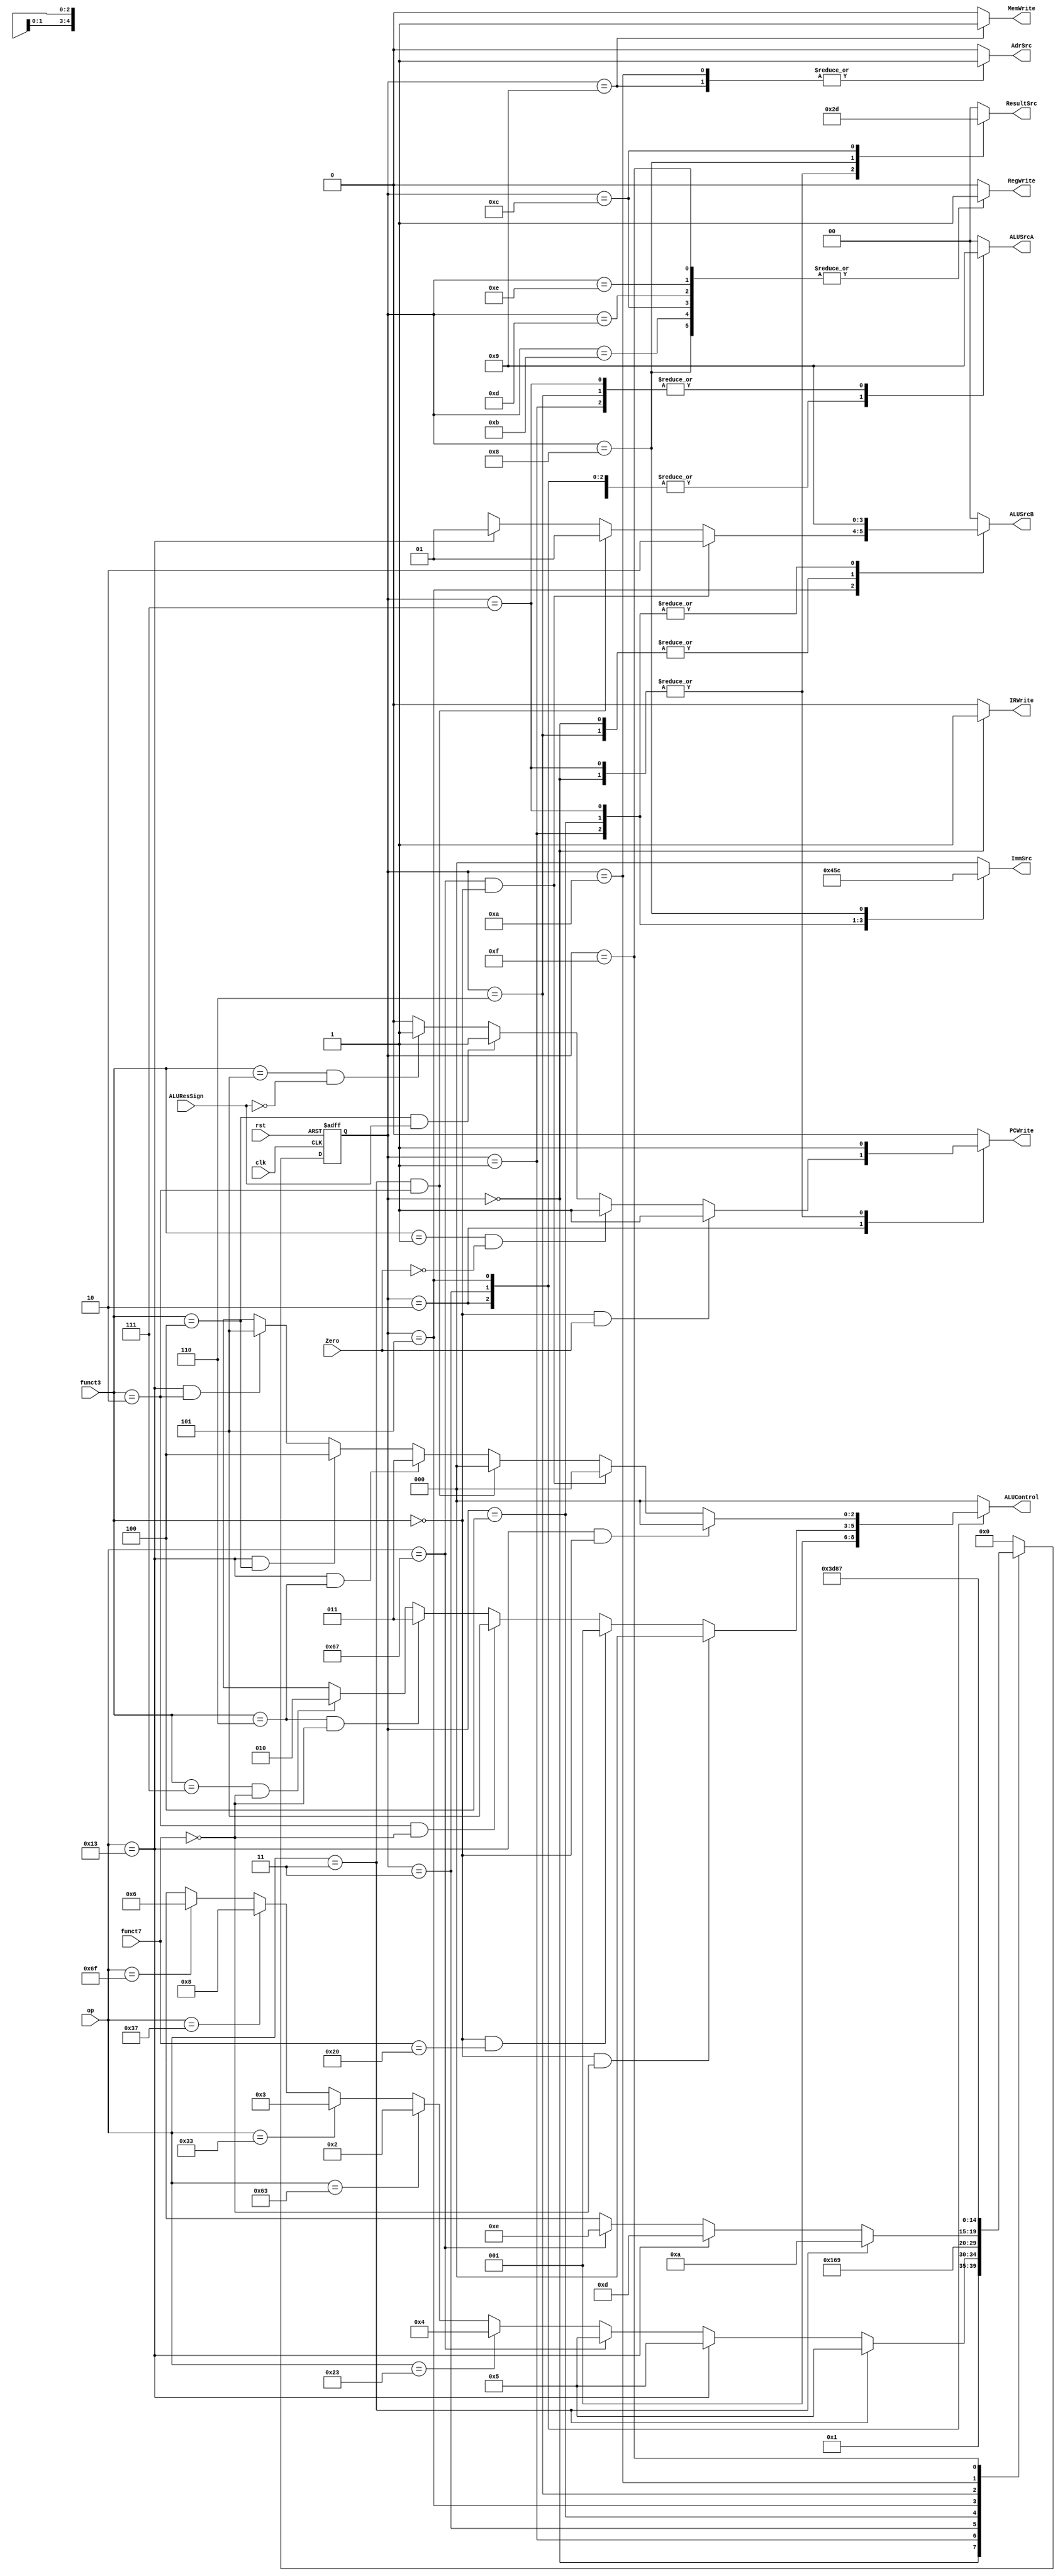
`define SW 7'b0100011

`define JAL 7'b1101111

`define LUI 7'b0110111

`define LW 7'b0000011
`define ADDI 7'b0010011
`define SLTI 7'b0010011
`define XORI 7'b0010011
`define ORI 7'b0010011
`define JALR 7'b1100111

`define BRANCH 7'b1100011
`define BEQ 7'b1100011
`define BNW 7'b1100011
`define BLT 7'b1100011
`define BGE 7'b1100011

`define ADD 7'b0110011
`define SUB 7'b0110011
`define SLT 7'b0110011
`define OR 7'b0110011
`define AND 7'b0110011


module controller(clk, rst, Zero, ALUResSign, op, funct7, funct3,
                  PCWrite, AdrSrc, MemWrite, IRWrite, ImmSrc, 
                  RegWrite, ALUControl, ALUSrcA, ALUSrcB, ResultSrc);
        input clk, rst, Zero, ALUResSign;
        input [6:0] op, funct7;
        input [2:0] funct3;
        output reg PCWrite, AdrSrc, MemWrite, IRWrite, RegWrite;
        output reg [2:0] ALUControl, ImmSrc;
        output reg [1:0] ALUSrcA, ALUSrcB, ResultSrc;

        parameter [4:0] IF=5'd0, ID=5'd1;
        parameter [4:0] EX_B=5'd2, EX_R=5'd3, EX_S=5'd4, EX_I=5'd5, EX_J=5'd6, EX_J2=5'd7, EX_U=5'd8;
        parameter [4:0] MEM_S=5'd9, MEM_I=5'd10;
        parameter [4:0] REG_R=5'd11, REG_I_LW=5'd12, REG_I_LOGIC=5'd13, REG_I_JALR=5'd14, REG_J=5'd15;

        reg [4:0] ns, ps;

        always @(ps, op) begin
                ns = IF;
                case (ps)
                        IF : ns = ID;
                        
                        ID : ns = (op == `LW) ? EX_I :
                                (op == `ADDI) ? EX_I :
                                (op == `JALR) ? EX_I :
                                (op == `SW) ? EX_S :
                                (op == `BRANCH) ? EX_B :
                                (op == `ADD) ? EX_R :
                                (op == `LUI) ? EX_U :
                                (op == `JAL) ? EX_J :
                                7'bx;
                        
                        EX_B : ns = IF;
                        EX_R : ns = REG_R;
                        EX_S : ns = MEM_S;
                        EX_I : ns = (op == `LW) ? MEM_I :
                                (op == `ADDI) ? REG_I_LOGIC :
                                (op == `JALR) ? REG_I_JALR : 5'bx;
                        EX_J : ns = REG_J;
                        EX_J2 : ns = IF;
                        EX_U : ns = IF;

                        MEM_S : ns = IF;
                        MEM_I : ns = REG_I_LW;

                        REG_R : ns = IF;
                        REG_I_LW : ns = IF;
                        REG_I_LOGIC : ns = IF;
                        REG_I_JALR : ns = IF;
                        REG_J : ns = EX_J2;

                        default: ns = IF; 
                endcase
        end

        always @(ps, op, funct3, funct7, Zero, ALUResSign) begin
                {AdrSrc, PCWrite, MemWrite, IRWrite, ALUSrcA, ALUSrcB, ALUControl, ResultSrc, RegWrite, ImmSrc} = 16'b0;
                case(ps) 
                        IF : begin
                                AdrSrc = 1'b0;
                                IRWrite = 1'b1;
                                ALUSrcA = 2'b00;
                                ALUSrcB = 2'b10;
                                ALUControl = 3'b000;
                                ResultSrc = 2'b10;
                                PCWrite = 1'b1;
                        end
                        
                        ID : begin
                                ALUSrcA = 2'b01;
                                ALUSrcB = 2'b01;
                                ALUControl = 3'b000;
                                ImmSrc = 3'b010;
                        end

                        EX_B : begin
                                ALUSrcA = 2'b10;
                                ALUSrcB = 2'b00;
                                ALUControl = 3'b001;
                                ResultSrc = 2'b00;
                                PCWrite = (funct3 == 3'b000 && Zero == 1'b1) ? 1'b1 ://beq branches
                                          (funct3 == 3'b001 && Zero == 1'b0) ? 1'b1 :  //bne branches
                                          (funct3 == 3'b100 && ALUResSign == 1'b1) ? 1'b1 :  //blt branches
                                          (funct3 == 3'b101 && ALUResSign == 1'b0) ? 1'b1 : 1'b0; //bge branches
                        end
                        
                        EX_R : begin
                                ALUSrcA = 2'b10;
                                ALUSrcB = 2'b00;
                                ALUControl = (funct3 == 3'b000 && funct7 == 7'b0000000) ? 3'b000 : //ADD
                                             (funct3 == 3'b000 && funct7 == 7'b0100000) ? 3'b001 ://SUB
                                             (funct3 == 3'b010 && funct7 == 7'b0000000) ? 3'b101 : //SLT
                                             (funct3 == 3'b110 && funct7 == 7'b0000000) ? 3'b011 : //OR
                                             (funct3 == 3'b111 && funct7 == 7'b0000000) ? 3'b010 : 3'bx; //AND
                        end
                        
                        EX_S : begin
                                ImmSrc = 3'b001;
                                ALUSrcA = 2'b10;
                                ALUSrcB = 2'b01;
                                ALUControl = 3'b000;
                        end
                        
                        EX_I : begin
                                ImmSrc = 3'b000;
                                ALUSrcA = 2'b10;
                                ALUSrcB = (op == `JALR && funct3 == 3'b000) ? 2'b10 : // JALR
                                        (op == `LW && funct3 == 3'b010) ? 2'b01 : // LW
                                        (op == `ADDI) ? 2'b01 : 2'bxx; // ADDI - ORI - SLTI - XORI - 
                                
                                ALUControl = (op == `ADDI && funct3 == 3'b000) ? 3'b000 : //ADDI
                                             (op == `JALR && funct3 == 3'b000) ? 3'b000 ://JALR
                                             (op == `LW && funct3 == 3'b010) ? 3'b000 : //LW
                                             (op == `ORI && funct3 == 3'b110) ? 3'b011 : //ORI
                                             (op == `XORI && funct3 == 3'b100) ? 3'b100 : //XORI
                                             (op == `SLTI && funct3 == 3'b010) ? 3'b101 : 3'bx; //SLTI
                        end
                        
                        EX_J : begin
                                ALUSrcA = 2'b01;
                                ALUSrcB = 2'b10;
                                ALUControl = 3'b000;
                        end
                        
                        EX_J2 : begin
                                ImmSrc = 3'b011;
                                ALUSrcA = 2'b01;
                                ALUSrcB = 2'b01;
                                ALUControl = 3'b000;
                                ResultSrc = 2'b10;
                                PCWrite = 1'b1;
                        end
                        
                        EX_U : begin
                                ImmSrc = 3'b100;
                                ResultSrc = 3'b011;
                                RegWrite = 1'b1;
                        end

                        MEM_S : begin
                                ResultSrc = 2'b00;
                                AdrSrc = 1'b1;
                                MemWrite = 1'b1;
                        end
                        
                        MEM_I : begin
                                ResultSrc = 2'b00;
                                AdrSrc = 1'b1;
                        end

                        REG_R : begin
                                ResultSrc = 2'b00;
                                RegWrite = 1'b1;
                        end
                        
                        REG_I_LW : begin
                                ResultSrc = 2'b01;
                                RegWrite = 1'b1;
                        end
                        
                        REG_I_LOGIC : begin
                                ResultSrc = 2'b00;
                                RegWrite = 1'b1;
                        end
                        
                        REG_I_JALR : begin
                                ResultSrc = 2'b00;
                                RegWrite = 1'b1;
                        end
                        
                        REG_J : begin
                                ResultSrc = 2'b00;
                                RegWrite = 1'b1;
                        end

                        default: {AdrSrc, PCWrite, MemWrite, IRWrite, ALUSrcA, 
                                  ALUSrcB, ALUControl, ResultSrc, RegWrite, ImmSrc} = 16'b0;
                endcase
        end

        always @(posedge clk, posedge rst) begin
                if (rst) begin
                        ps <= IF;
                end
                else begin
                        ps <= ns;
                end
        end
endmodule